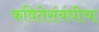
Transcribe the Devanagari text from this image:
कवितेसंबंधीचा